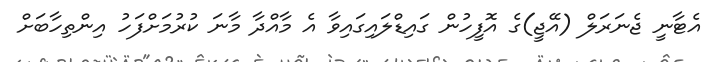
އެޓާނީ ޖެނަރަލް (އޭޖީ)ގެ އޮފީހުން ގައިޑްލައިގައިވާ އެ މާއްދާ މާނަ ކުރުމަށްފަހު އިންތިހާބަށް